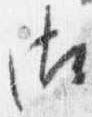
御